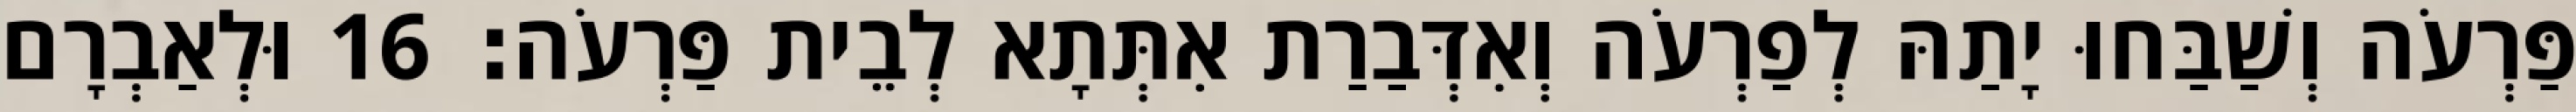
פַּרְעֹה וְשַׁבַּחוּ יָתַהּ לְפַרְעֹה וְאִדְּבַרַת אִתְּתָא לְבֵית פַּרְעֹה׃ 16 וּלְאַבְרָם